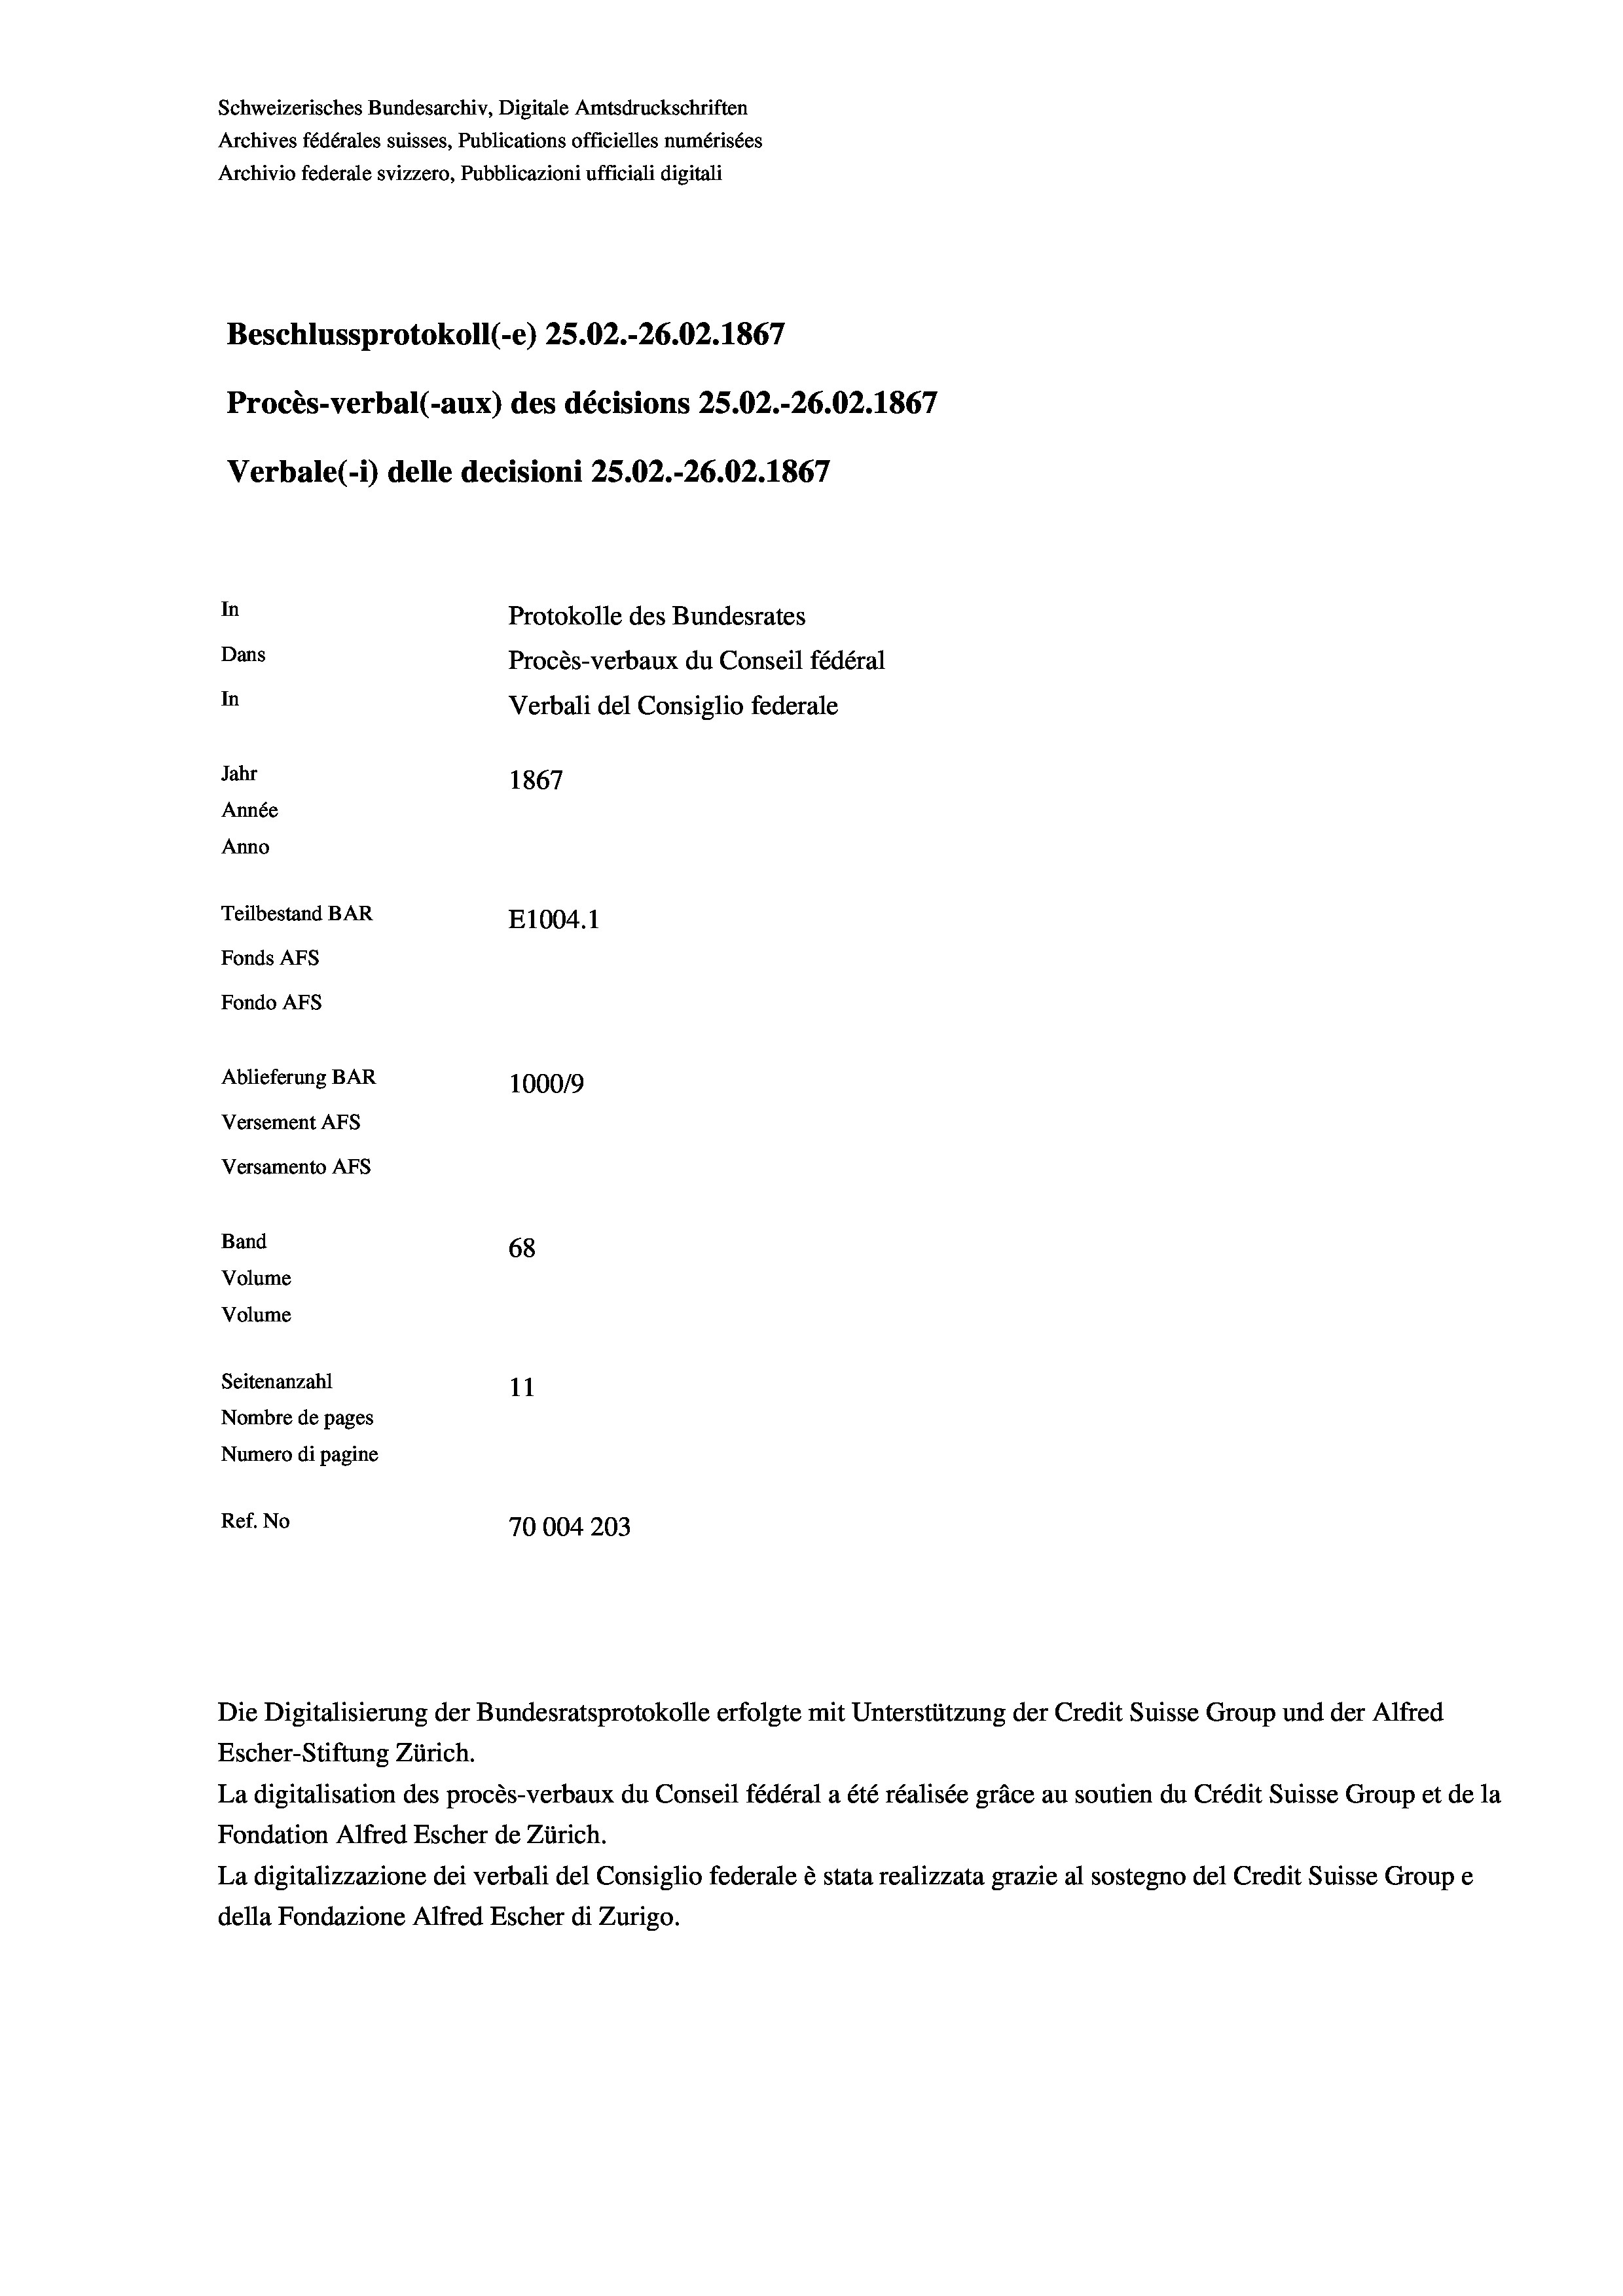
Schweizerisches Bundesarchiv, Digitale Amtsdruckschriften
Archives fédérales suisses, Publications officielles numérisées
Archivio federale svizzero, Pubblicazioni ufficiali digitali
Beschlussprotokoll (-e) 25.02.-26.02. 1867
Procès-verbal (-aux) des décisions 25.02.-26.02. 1867
Verbale (- 1) delle decisioni 25.02.-26.02. 1867
In
Protokolle des Bundesrates
Dans
Procès-verbaux du Conseil fédéral
In
Verbali del Consiglio federale
Jahr
1867
Année
Anno
Teilbestand BAR
E1004.1
Fonds Afs
Fondo AFS
Ablieferung BAR
100019
Versement AFs
Versamento AFs

Band
Volume
Volume

68
Seitenanzahl
11
Nombre de pages
Numero di pagine
Ref. No
70004203

Escher-Stiftung Zürich.
La digitalisation des procès-verbaux du Conseil fédéral a été réalisée gräce au soutien du Crédit Suisse Group et de la
Fondation Alfred Escher de Zürich.
La digitalizzazione dei verbali del Consiglio federale è stata realizzata grazie al sostegno del Credit Suisse Groupe
della Fondazione Alfred Escher di Zurigo.

Die Digitalisierung der Bundesratsprotokolle erfolgte mit Unterstützung der Credit Suisse Group und der Alfred